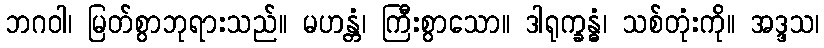
ဘဂဝါ၊ မြတ်စွာဘုရားသည်။ မဟန္တံ၊ ကြီးစွာသော။ ဒါရုက္ခန္ဓံ၊ သစ်တုံးကို။ အဒ္ဒသ၊